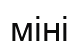
міні